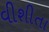
વીશીતા